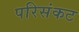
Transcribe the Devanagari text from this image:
परिसंकट